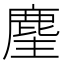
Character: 麈